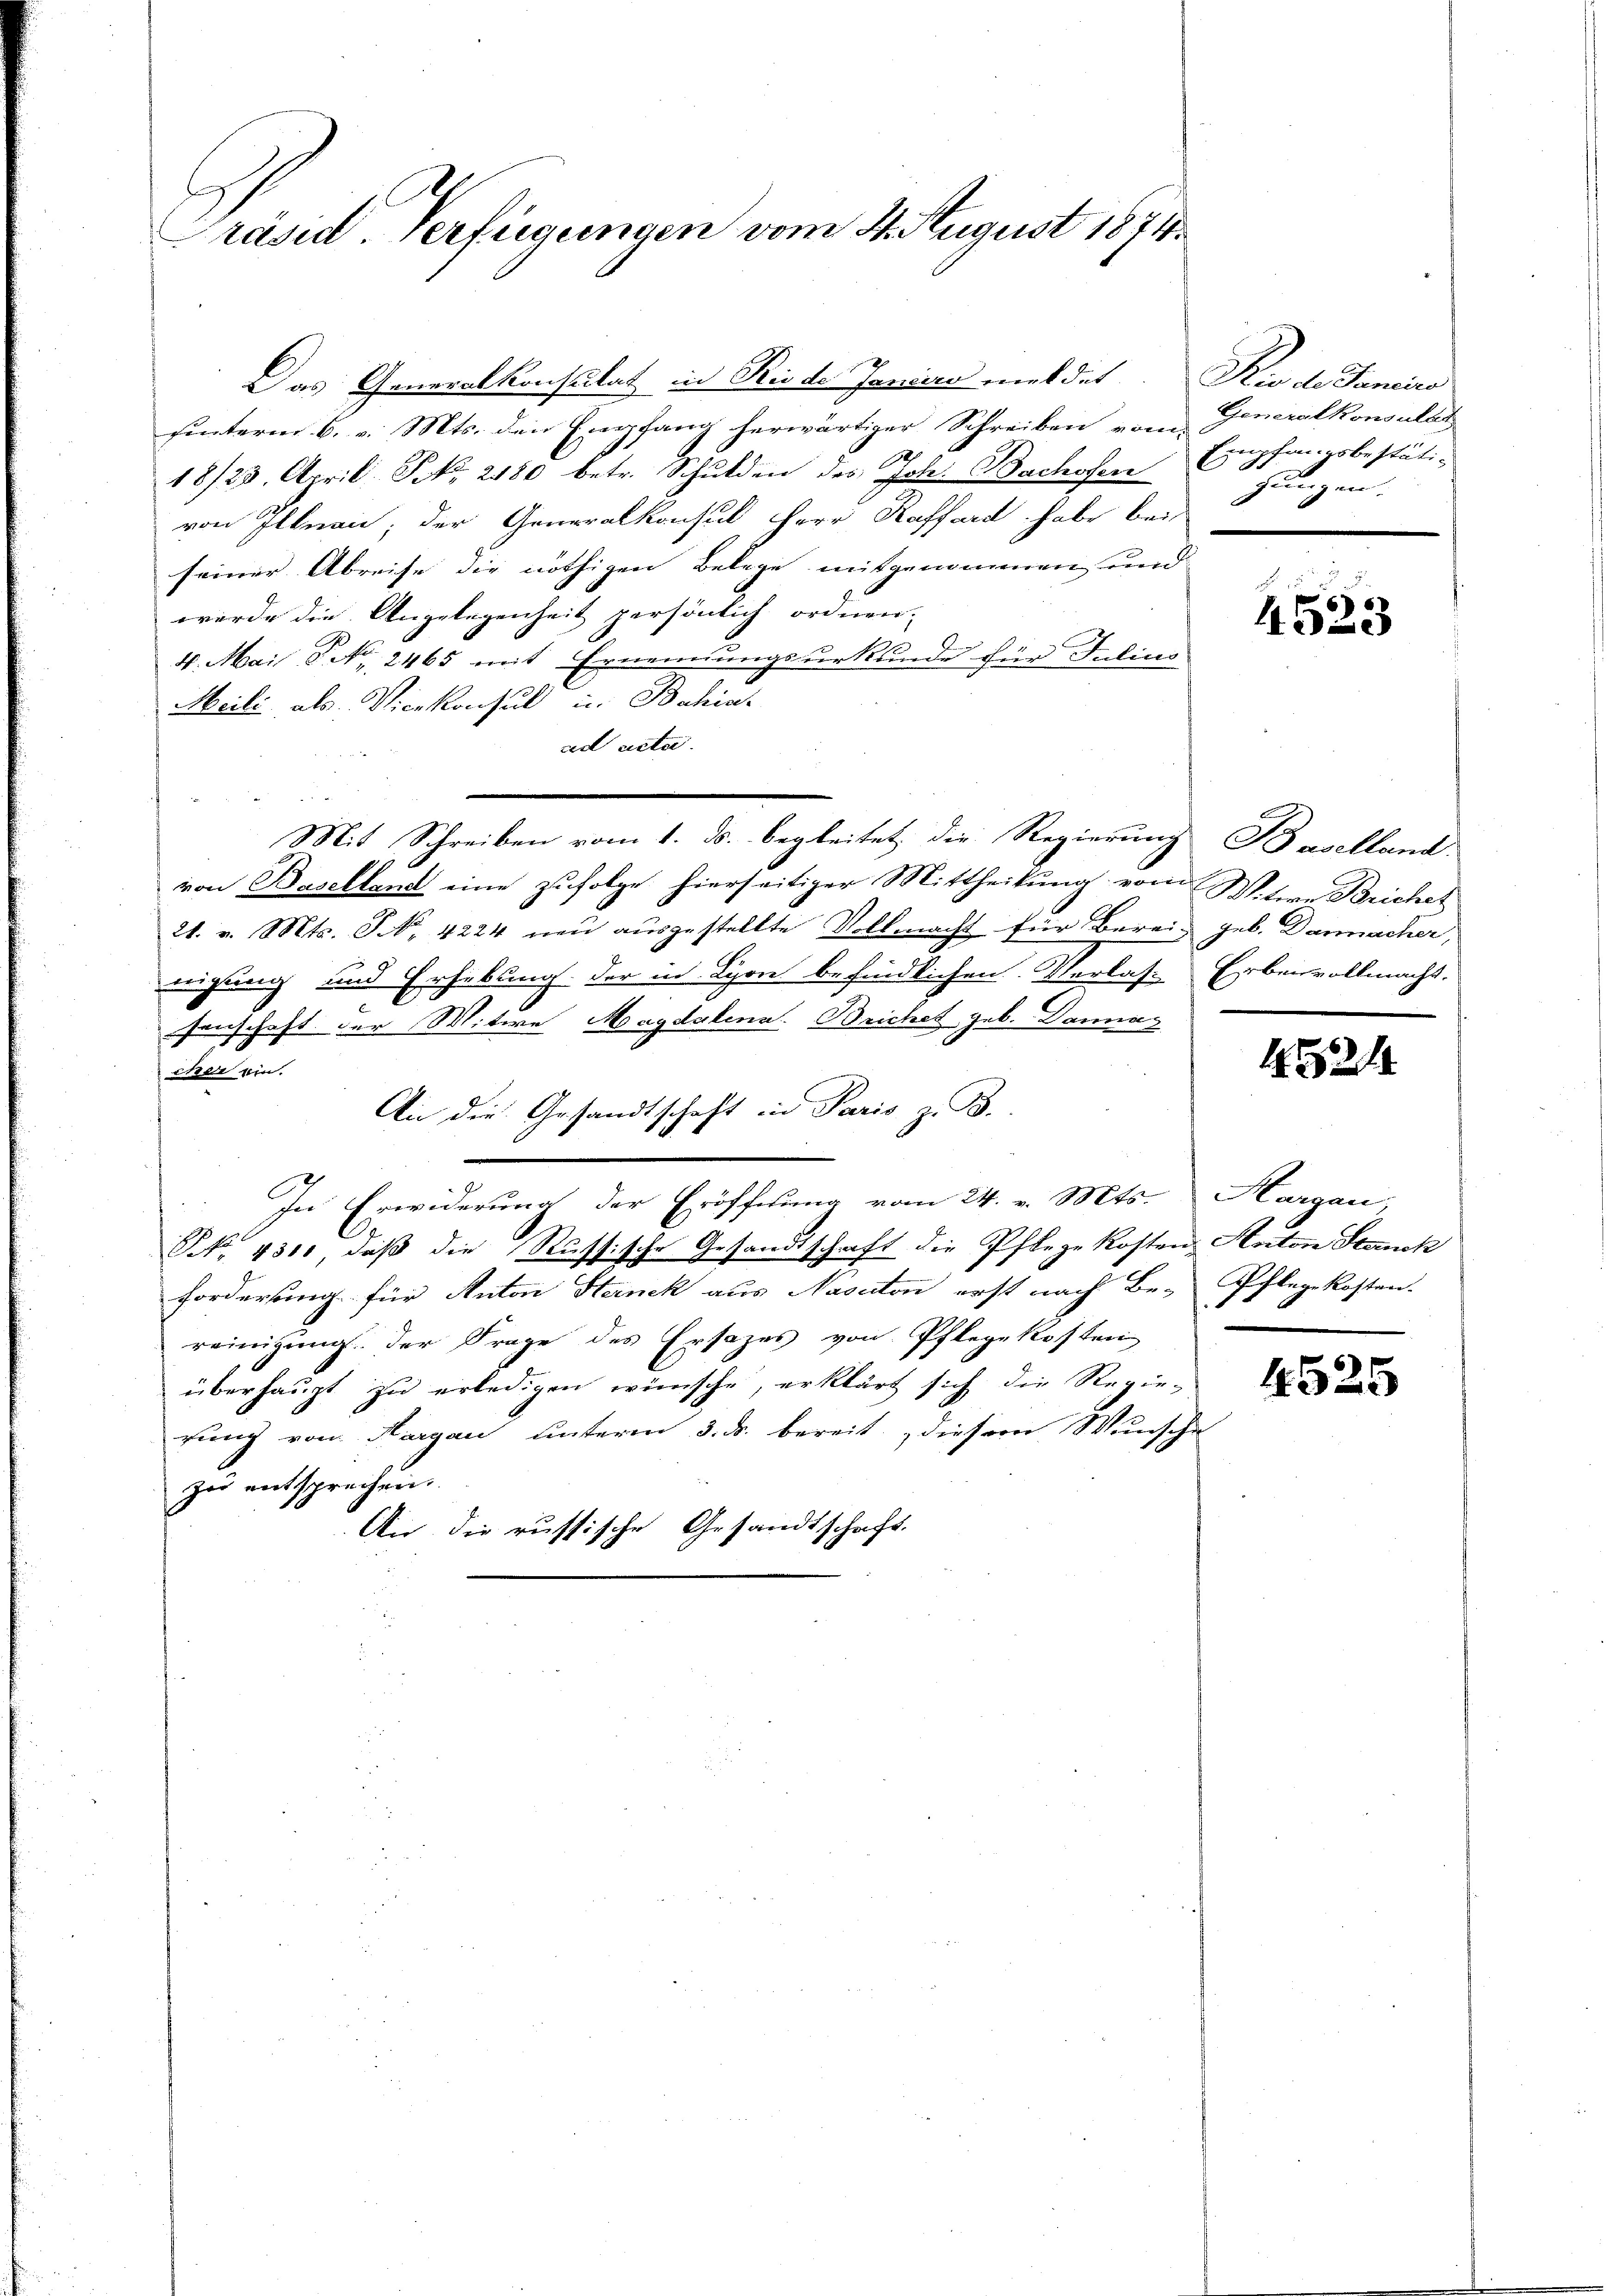
Präsid. Verfügungen vom 4. August 1874.

Das Generalkonsulat in Riede Jania meldet. Rio de Janeiro
uunterm 6. v. Mts. den Empfang herwärtiger Schreiben vom Generalkonsulat
2
18/28. April. S. 2180 betr. Schulden des Joh. Bachofern Empfangsbestäti-
von Illnau; der Generalkonsul Herr Raffard habe bei
seiner Abreise die nöthigen Belege mitgenommen und
werde die Angelegenheit persönlich ordnen.
4. Mai C. No. 2465 mit Ernennungsurkunde für Julius
Meili, als Vicekonsul in Bahia-
ad acte.
Mit Schreiben vom 1. ds. begleitet die Regierung
von Baselland eine zufolge hierseitiger Mittheilung vom Witwe Brichet
21. v. Mts. S. 4224 neu ausgestellte Vollmacht für Berei-
nigung und Erhebung der in Lyon befindlichen Verlas- Erbenvollmacht.
senschaft der Witwe Magdalena. Beichet geb. Dannaz
cher ein.
An die Gesandtschaft in Paris z. B.
In Erwiderung der Eröffnung vom 24. v. Mts.
No 4310, daß die Russische Gesandtschrift die Pflege kosten Anton Stauck
Forderung für Anton Hernck aus Nasciton erst nach Be- Pflegekosten.
reinigung. Der Frage des Ersatzes von Pflegekosten
überhaupt zu erledigen wünsche, erklärt sich die Regie-
rung von Aargau unterm 3. ds. bereit, diesem Wunsche
zu entsprechen.
Aus die russische Gesandtschaft.

gungen.

4523

Baselland.
geb. Dannacher,

1821

Margau,

4525